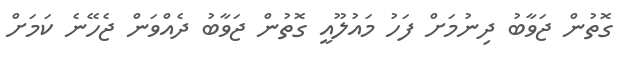
ގޮތުން ޖަވާބު ދިނުމަށް ފަހު މައުލޫއީ ގޮތުން ޖަވާބު ދެއްވަން ޖެހޭނެ ކަމަށް